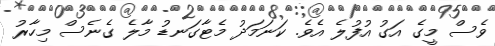
ވެސް މީގެ އަގު އުފުލެ އެވެ. ކަނަމަދު މެޓާގަނޑު މާލެ ގެނެސް މިހާރު